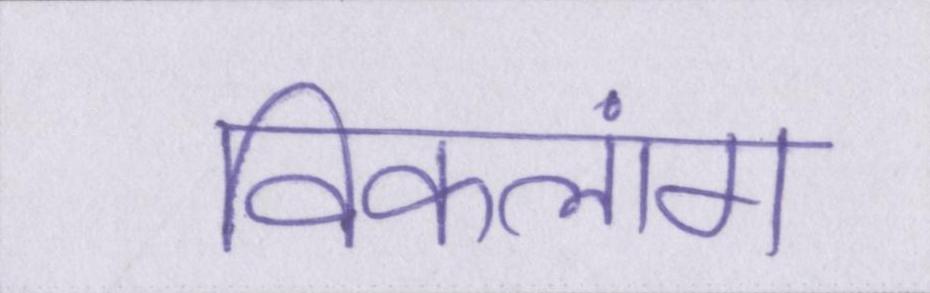
विकलांग